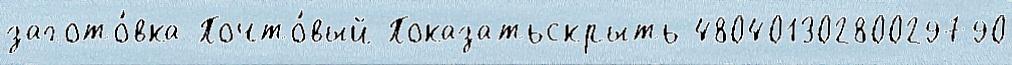
загото́вка Почто́вый Показатьскрыть 48040130280029790